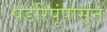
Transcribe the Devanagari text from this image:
षडरिपूंपासून